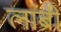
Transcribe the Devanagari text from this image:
लांब्री